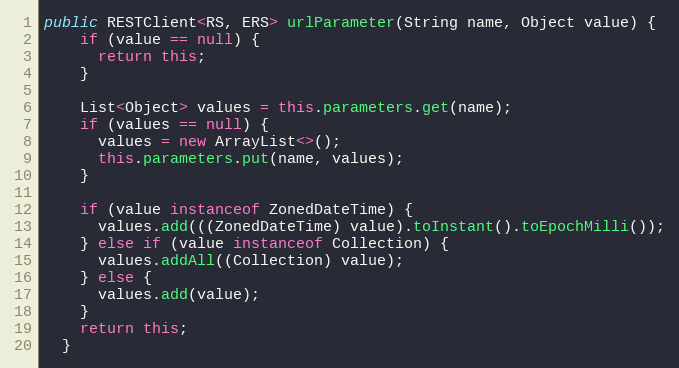
Language: Java
public RESTClient<RS, ERS> urlParameter(String name, Object value) {
    if (value == null) {
      return this;
    }

    List<Object> values = this.parameters.get(name);
    if (values == null) {
      values = new ArrayList<>();
      this.parameters.put(name, values);
    }

    if (value instanceof ZonedDateTime) {
      values.add(((ZonedDateTime) value).toInstant().toEpochMilli());
    } else if (value instanceof Collection) {
      values.addAll((Collection) value);
    } else {
      values.add(value);
    }
    return this;
  }